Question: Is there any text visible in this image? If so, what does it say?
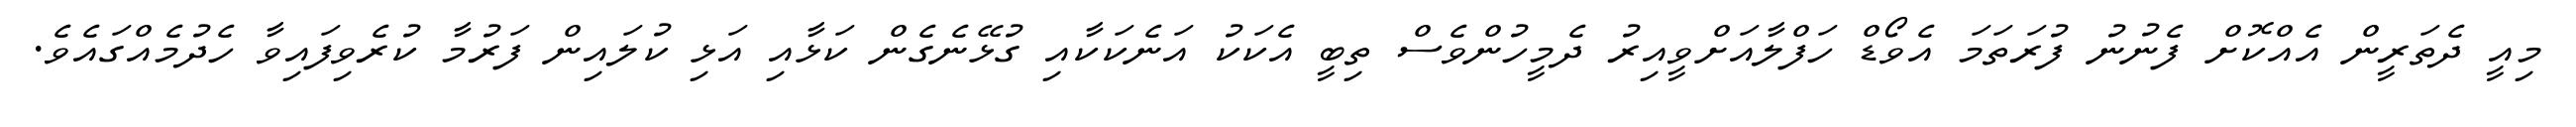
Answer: މިއީ ދެތަރީން އެއްކޮށް ފެނުނު ފުރަތަމަ އެވޯޑް ހަފްލާއަށްވީއިރު ދެމީހުންވެސް ތިބީ އެކަކު އަނެކަކާއި ގުޅޭނެގެން ކަޅާއި އަޅި ކުލައިން ފަރުމާ ކުރެވިފައިވާ ހެދުމެއްގައެވެ.